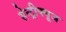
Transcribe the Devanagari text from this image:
सेन्ट्रीफ्यूज